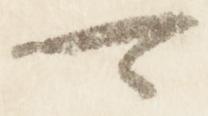
可